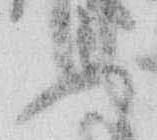
ふ